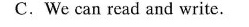
C.We can read and write.